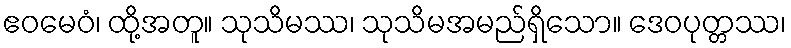
ဧဝမေဝံ၊ ထို့အတူ။ သုသိမဿ၊ သုသိမအမည်ရှိသော။ ဒေဝပုတ္တဿ၊